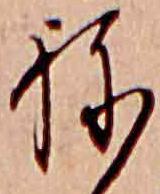
ね